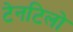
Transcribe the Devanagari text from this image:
टेनटिलो